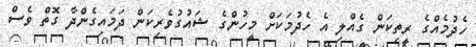
ހެދުމެއްގެ ރީތިކަން ގެއްލި އެ ހެދުމަކަށް މީހުންގެ ޝައުގުވެރިކަން ދަމައިގެންދާ ގޮތް ވެސް